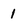
Character: l